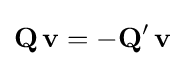
\mathbf {Q} \,\mathbf {v} =-\mathbf {Q'} \,\mathbf {v}